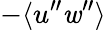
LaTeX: -\langle{u^{\prime\prime}\mathit{w}^{\prime\prime}}\rangle